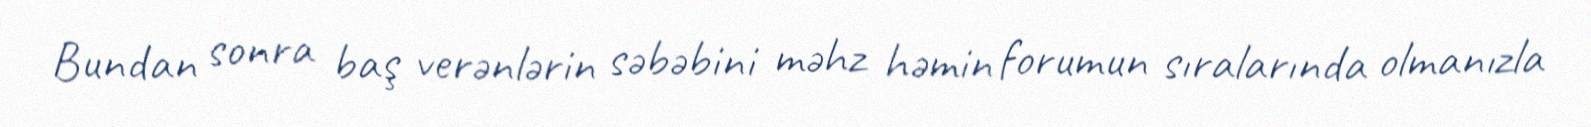
Bundan sonra baş verənlərin səbəbini məhz həmin forumun sıralarında olmanızla